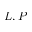
L , P